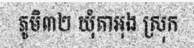
ភូមិ៣២ ឃុំតាអុង ស្រុក